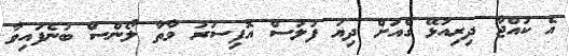
އެ ކުއްޖާ ދިރިއުޅޭ ގެއަށް ދިޔަ ފުލުސް އޮފިސަރު މާތާ ލޯންސް ބުނެފައިވާ